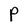
Character: P